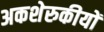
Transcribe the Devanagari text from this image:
अकशेरुकीयों